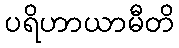
ပရိဟာယာမီတိ